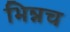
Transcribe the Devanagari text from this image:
भिन्नच